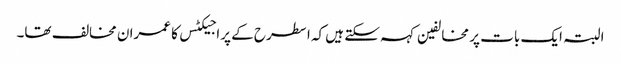
البتہ ایک بات پر مخالفین کہہ سکتے ہیں کہ ا سطرح کے پراجیکٹس کا عمران مخالف تھا۔